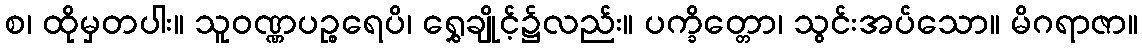
စ၊ ထိုမှတပါး။ သူဝဏ္ဏပဉ္စရေပိ၊ ရွှေချိုင့်၌လည်း။ ပက္ခိတ္တော၊ သွင်းအပ်သော။ မိဂရာဇာ။